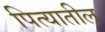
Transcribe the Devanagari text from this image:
पित्यातील